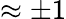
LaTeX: \approx\pm 1